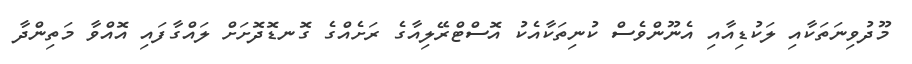
މޫދުވިނަތަކާއި ލަކުޑިއާއި އެނޫންވެސް ކުނިތަކާއެކު އޮސްޓްރޭލިއާގެ ރަށެއްގެ ގޮނޑޮދޮށަށް ލައްގާފައި އޮއްވާ މަތިންދާ